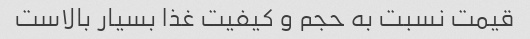
قیمت نسبت به حجم و کیفیت غذا بسیار بالاست